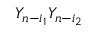
Y _ { n - i _ { 1 } } Y _ { n - i _ { 2 } }